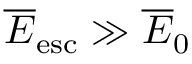
\overline { E } _ { \mathrm { e s c } } \gg \overline { E } _ { 0 }